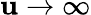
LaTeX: \mathbf{u}\rightarrow\infty